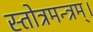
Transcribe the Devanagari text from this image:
स्तोत्रमन्त्रम्।